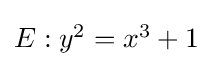
\textstyle E:y^{2}=x^{3}+1